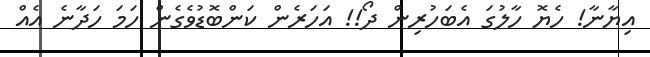
އިޔާނާ! ހެޔޮ ހާލުގަ އެބަހުރިން ދޯ!! އަހަރެން ކަންބޮޑުވެގެން ހަމަ ހަދާނެ އެއް